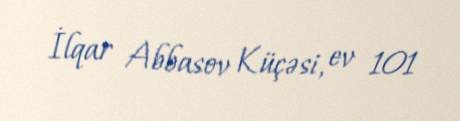
İlqar Abbasov Küçəsi, ev 101